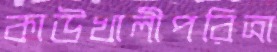
কাউখালীপরিত্রা